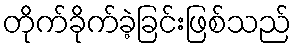
တိုက်ခိုက်ခဲ့ခြင်းဖြစ်သည်